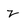
Character: 2